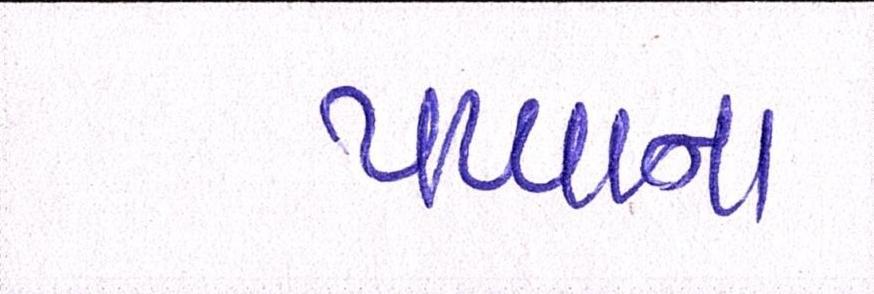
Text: પપ્પાના